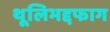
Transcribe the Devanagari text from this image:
थूलिभद्दफाग